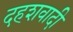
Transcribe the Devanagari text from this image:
दहशवादी